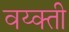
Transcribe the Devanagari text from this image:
वय्क्ती